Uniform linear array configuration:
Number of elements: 64
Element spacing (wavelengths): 1
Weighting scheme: uniform
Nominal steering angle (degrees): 0
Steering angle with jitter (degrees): -1.62
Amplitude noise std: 0.05
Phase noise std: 0.05

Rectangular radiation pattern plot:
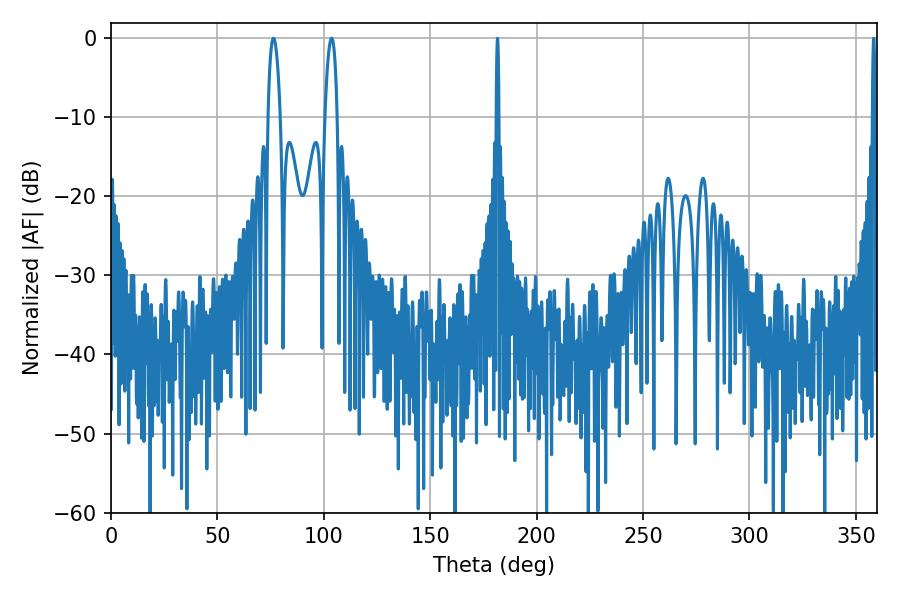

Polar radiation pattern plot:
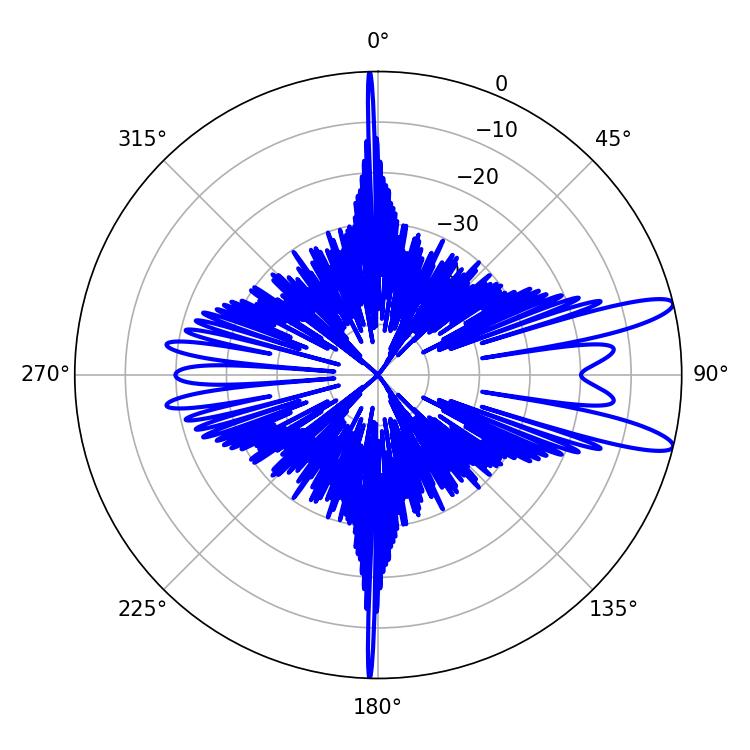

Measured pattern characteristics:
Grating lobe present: TRUE
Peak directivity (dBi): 12.051
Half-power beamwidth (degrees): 0.72
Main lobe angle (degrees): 181.62